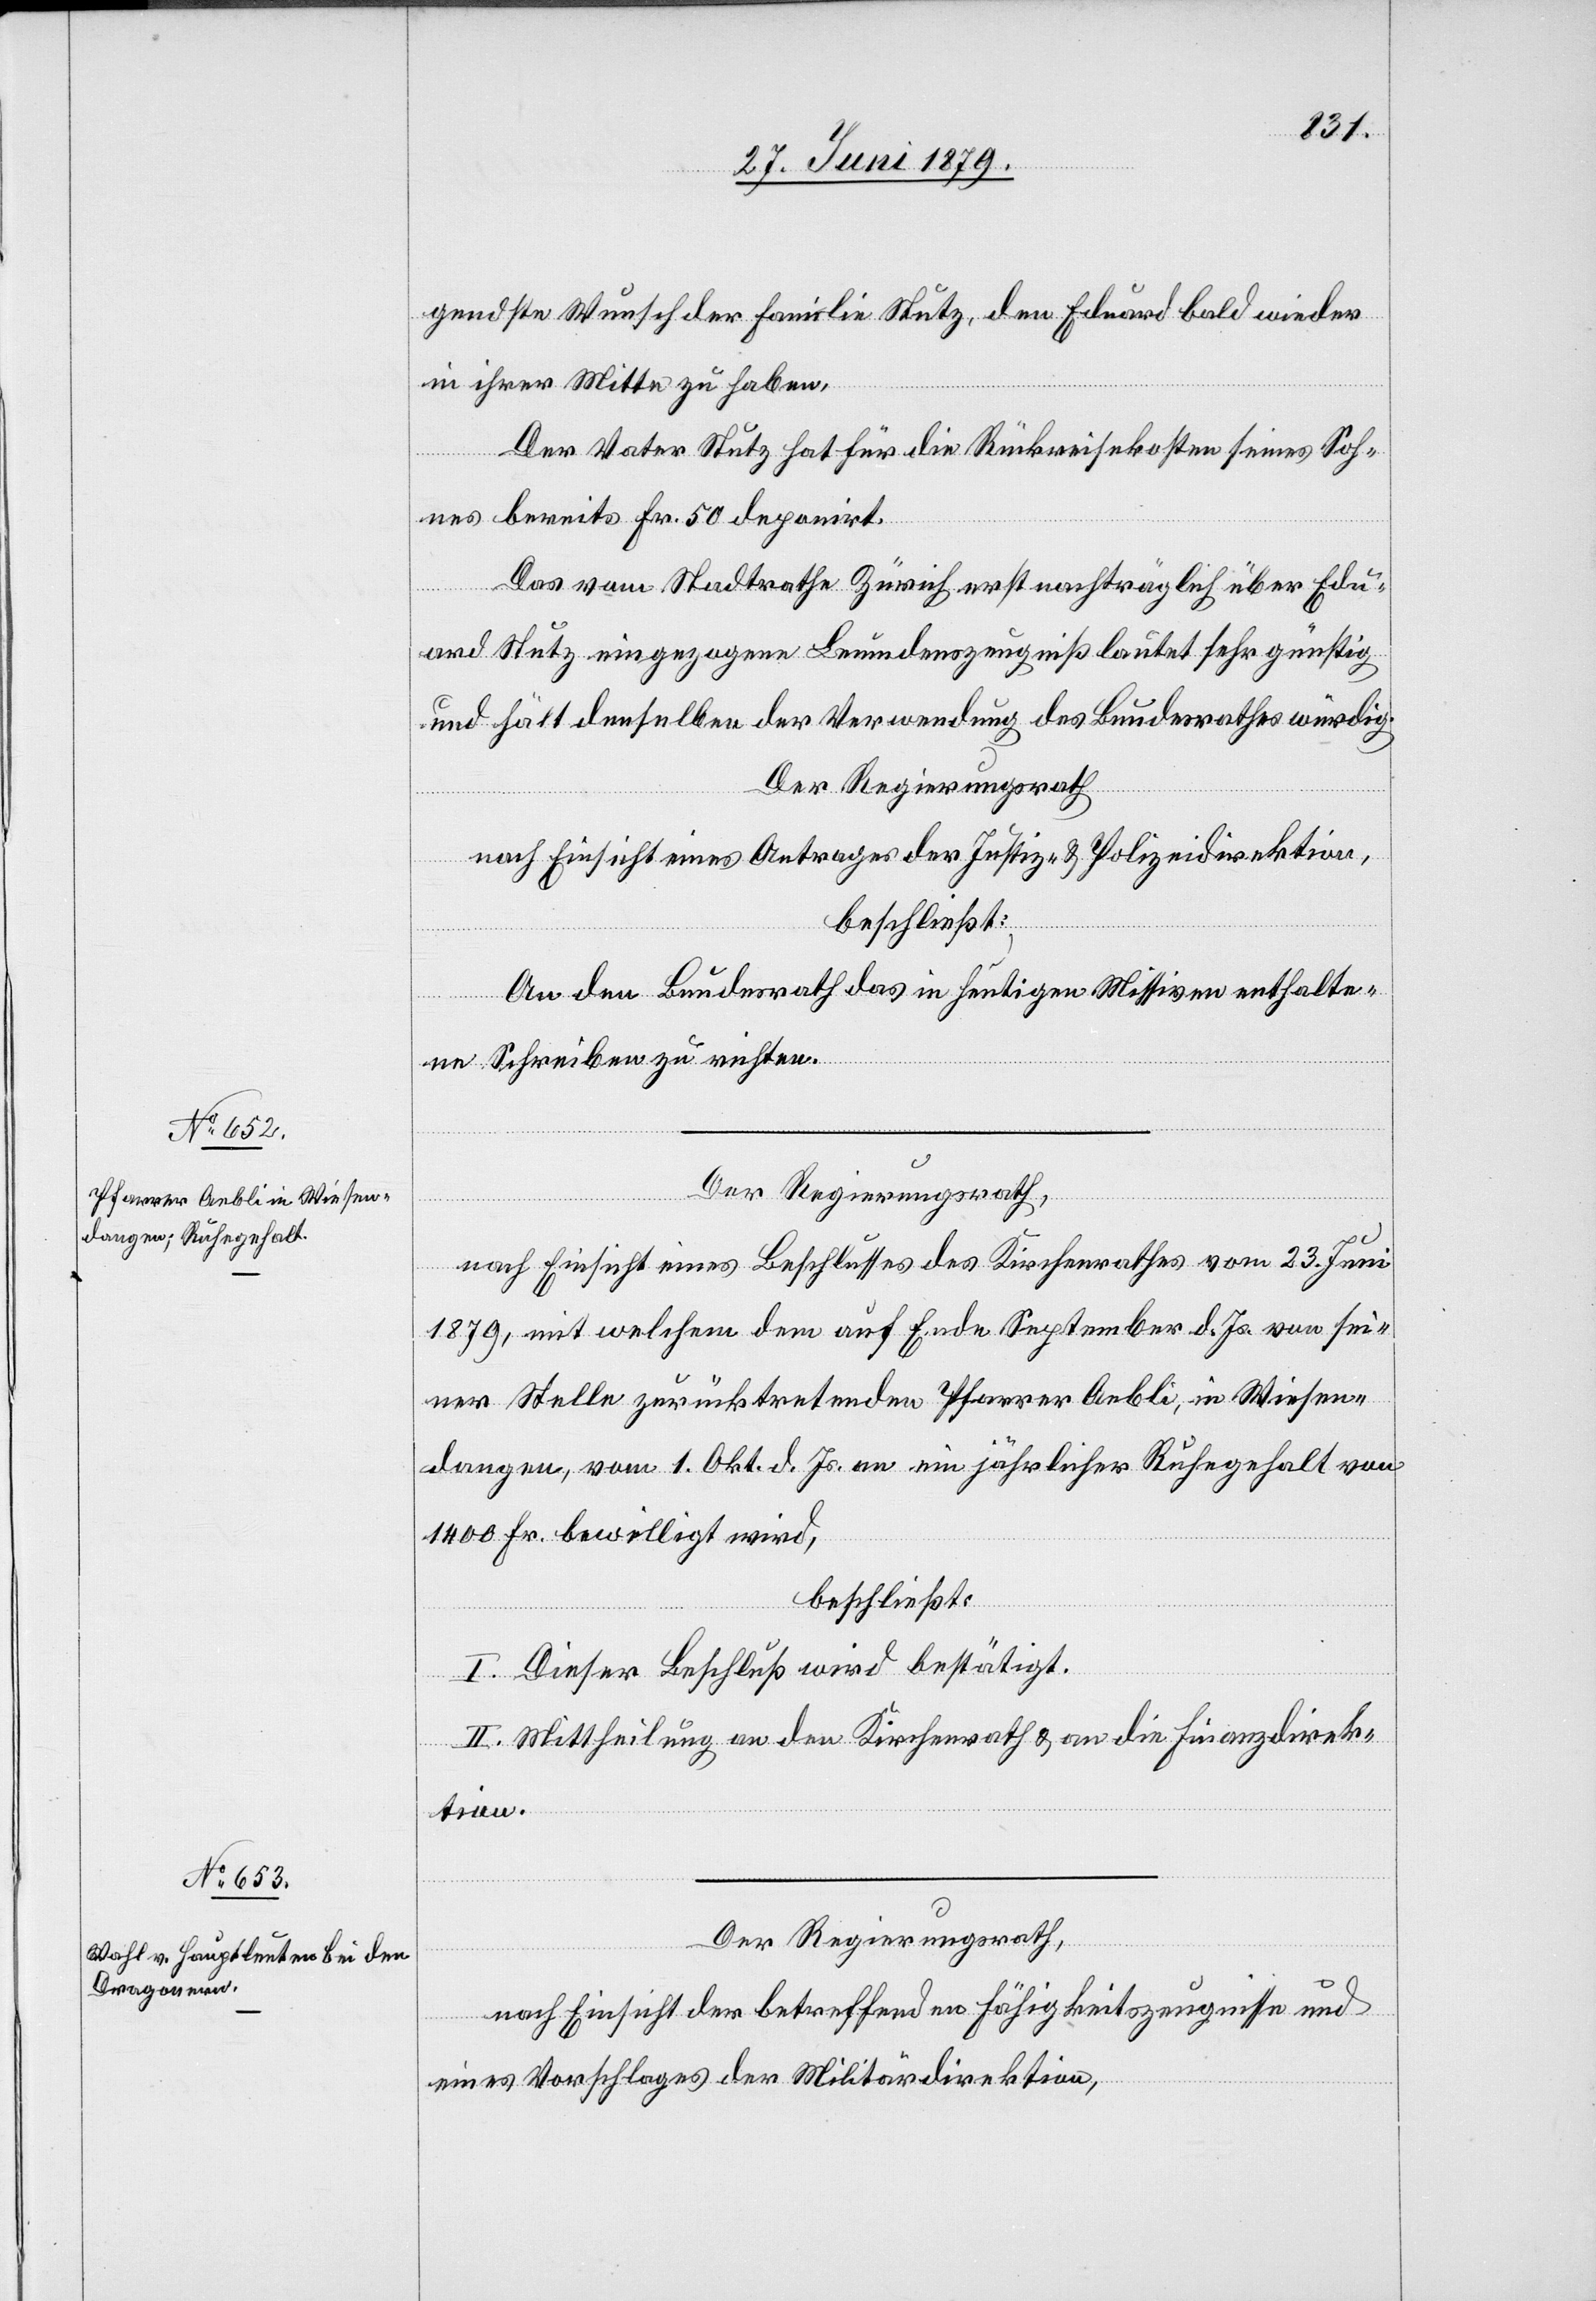
gendste Wunsch der Familie Stutz, den Eduard bald wieder
in ihrer Mitte zu haben.
Der Vater Stutz hat für die Rückweisekosten seines Soh¬
nes bereits Fr. 50 deponirt.
Das vom Stadtrathe Zürich erst nachträglich über Edu¬
ard Stutz eingezogene Leumdenszeugniß lautet sehr günstig
und hält denselben der Verwendung des Bundesrathes würdig.
Der Regierungsrath
nach Einsicht eines Antrages der Justiz- & Polizeidirektion,
beschließt:
An den Bundesrath das in heutigen Missiven enthalte¬
ne Schreiben zu richten.
Der Regierungsrath,
nach Einsicht eines Beschlusses des Kirchenrathes vom 23. Juni
1879, mit welchem dem auf Ende September d. Js. von sei¬
ner Stelle zurücktretenden Pfarrer Aebli, in Wiesen¬
dangen, vom 1. Okt. d. Js. an ein jährlicher Ruhegehalt von
1400 Fr. bewilligt wird,
beschließt:
I. Dieser Beschluß wird bestätigt.
II. Mittheilung an den Kirchenrath & an die Finanzdirek¬
tion.
Der Regierungsrath,
nach Einsicht der betreffenden Fähigkeitszeugnisse und
eines Vorschlages der Militärdirektion,